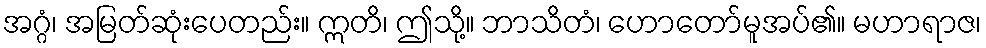
အဂ္ဂံ၊ အမြတ်ဆုံးပေတည်း။ ဣတိ၊ ဤသို့။ ဘာသိတံ၊ ဟောတော်မူအပ်၏။ မဟာရာဇ၊